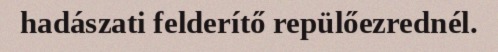
hadászati felderítő repülőezrednél.